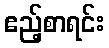
ဧည့်စာရင်း